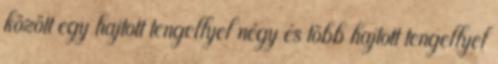
között egy hajtott tengellyel négy és több hajtott tengellyel